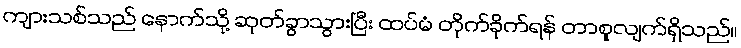
ကျားသစ်သည် နောက်သို့ ဆုတ်ခွာသွားပြီး ထပ်မံ တိုက်ခိုက်ရန် တာစူလျက်ရှိသည်။